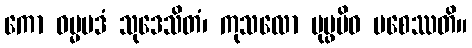
ကော ဓမ္မပဒံ သုဒေသိတံ၊ ကုသလော ပုပ္ဖမိဝ ပစေဿတိ။